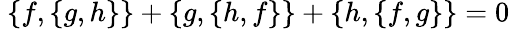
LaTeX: \ \{ f,\{ g,h\} \} +\{ g,\{ h,f\} \} +\{ h,\{ f,g\} \} =0